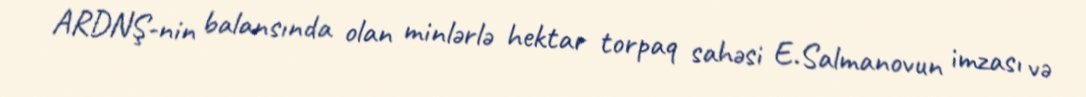
ARDNŞ-nin balansında olan minlərlə hektar torpaq sahəsi E.Salmanovun imzası və